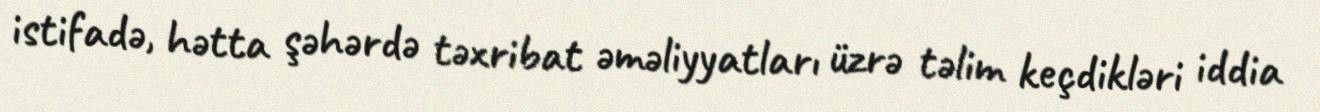
istifadə, hətta şəhərdə təxribat əməliyyatları üzrə təlim keçdikləri iddia